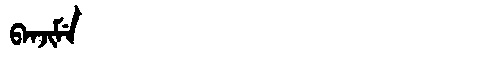
Manchu: ᠪᠠᠨᠵᡳᠮᡝ
Romanization: BANJIME